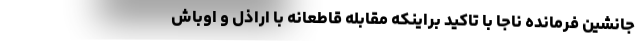
جانشین فرمانده ناجا با تاکید براینکه مقابله قاطعانه با اراذل و اوباش